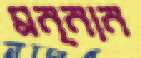
মন্নান